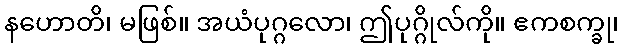
နဟောတိ၊ မဖြစ်။ အယံပုဂ္ဂလော၊ ဤပုဂ္ဂိုလ်ကို။ ဧကစက္ခု၊